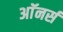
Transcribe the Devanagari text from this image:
अाॅनर्स